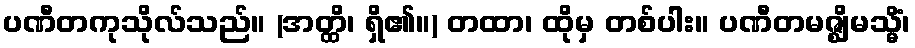
ပဏီတကုသိုလ်သည်။ (အတ္ထိ၊ ရှိ၏။) တထာ၊ ထိုမှ တစ်ပါး။ ပဏီတမဇ္ဈိမသ္မိံ၊